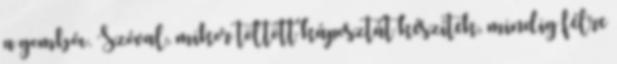
a gombóc. Szóval, mikor töltött káposztát készítek, mindig félre